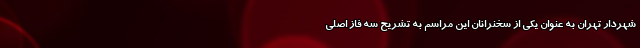
شهردار تهران به عنوان یکی از سخنرانان این مراسم به تشریح سه فاز اصلی